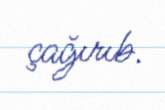
çağırıb.